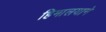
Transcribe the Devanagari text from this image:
हिमालयाने